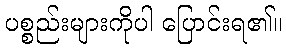
ပစ္စည်းများကိုပါ ပြောင်းရ၏။